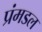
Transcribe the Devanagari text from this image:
प्रंमडल